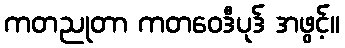
ကတညုတာ ကတဝေဒီပုဒ် အဖွင့်။